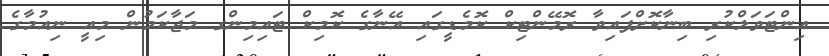
އިންޓަވަލްކުރި ބިނާކޮށްފައިވާ ރޮމޭންޓިކް ކޮމެޑީގައި އޭނާގެ ކޮމިކް ޓައިމިންގ މަޖާކަމުން މިއީ ނިއުމާގެ